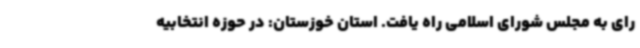
رای به مجلس شورای اسلامی راه یافت. استان خوزستان: در حوزه انتخابیه